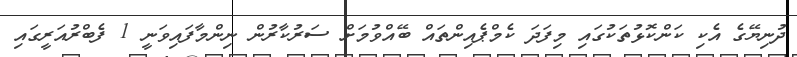
ދުނިޔޭގެ އެކި ކަންކޮޅުތަކުގައި މިފަދަ ކެމްޕެއިންތައް ބޭއްވުމަށް ސަރުކާރުން ނިންމާފައިވަނީ 1 ފެބްރުއަރީގައި